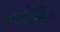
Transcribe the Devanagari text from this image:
श्वेरीन